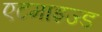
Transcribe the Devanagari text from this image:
एटमाइज्ड